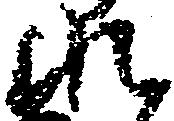
れ